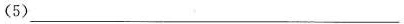
(5)___